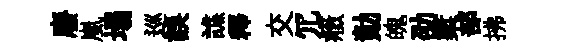
廢嵐塌巡誤譙釋交冗癥勣魄劭槧部拂